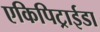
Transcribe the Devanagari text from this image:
एकिपिट्राईडा